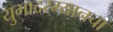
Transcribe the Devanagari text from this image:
युगादरम्यानचा